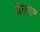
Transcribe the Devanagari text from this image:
बेलगम